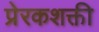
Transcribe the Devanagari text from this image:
प्रेरकशक्ती